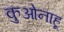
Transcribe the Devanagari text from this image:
कुओनाहू